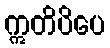
ဣတိပိပေ